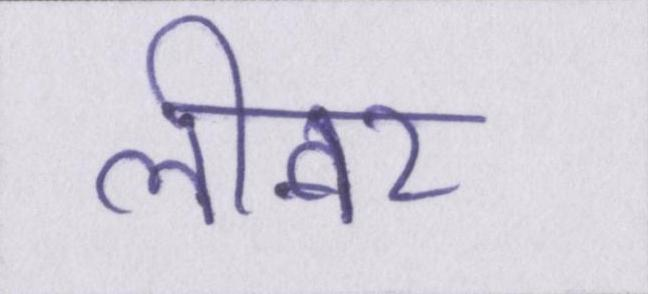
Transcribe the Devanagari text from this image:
लीवर